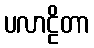
ပလာဠိတာ